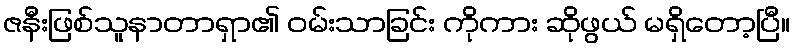
ဇနီးဖြစ်သူနာတာရှာ၏ ဝမ်းသာခြင်း ကိုကား ဆိုဖွယ် မရှိတော့ပြီ။